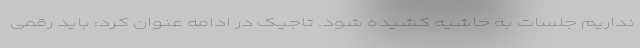
نداریم جلسات به حاشیه کشیده شود. تاجیک در ادامه عنوان کرد: باید رقمی